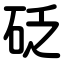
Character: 砭